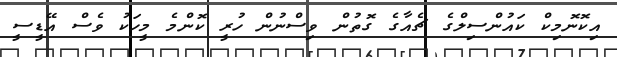
އިކޮނޮމިކް ކައުންސިލްގެ ޗެއާގެ ގޮތުން ވިސްނުން ހުރީ ކޮންމެ މީހަކު ވެސް އޭޑީސީ